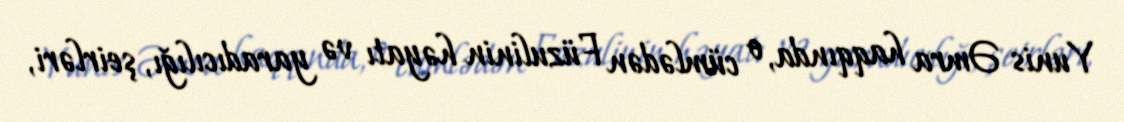
Yunis Əmra haqqında, o cümlədən Füzulinin həyatı və yaradıcılığı, şeirləri,